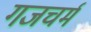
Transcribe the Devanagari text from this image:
गजचर्म